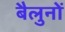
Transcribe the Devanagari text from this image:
बैलुनों